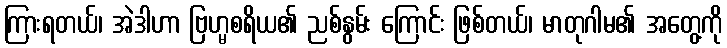
ကြားရတယ်၊ အဲဒါဟာ ဗြဟ္မစရိယ၏ ညစ်နွမ်း ကြောင်း ဖြစ်တယ်၊ မာတုဂါမ၏ အတွေ့ကို